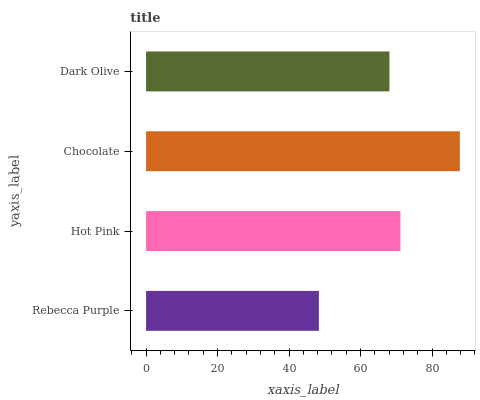
| yaxis_label | bars |
 | --- | --- |
 | Rebecca Purple | 48.3 |
 | Hot Pink | 71.2 |
 | Chocolate | 87.8 |
 | Dark Olive | 68.1 |